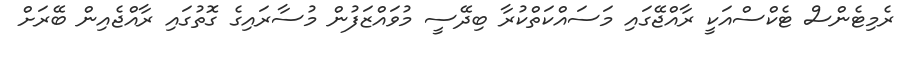
ރެމިޓެންސް ޓެކްސްއަކީ ރާއްޖޭގައި މަސައްކަތްކުރާ ބިދޭސީ މުވައްޒަފުން މުސާރައިގެ ގޮތުގައި ރާއްޖެއިން ބޭރަށް